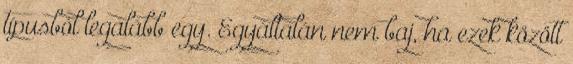
típusból legalább egy. Egyáltalán nem baj, ha ezek között